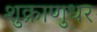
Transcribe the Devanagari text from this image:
शुक्राणुधर